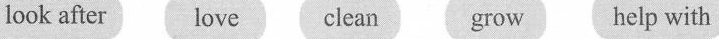
look after love clean grow help with